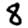
Digit: 8